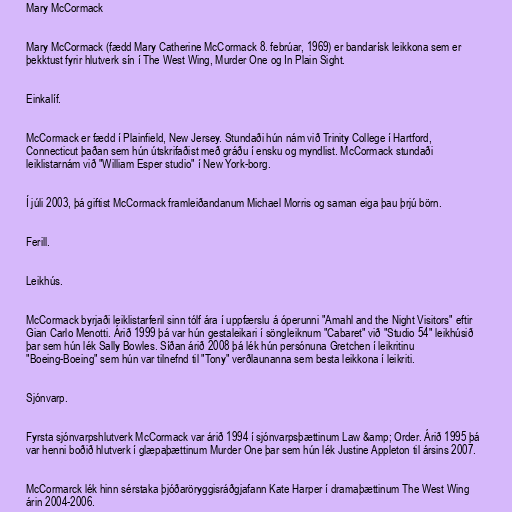
Mary McCormack

Mary McCormack (fædd Mary Catherine McCormack 8. febrúar, 1969) er bandarísk leikkona sem er
þekktust fyrir hlutverk sín í The West Wing, Murder One og In Plain Sight.

Einkalíf.

McCormack er fædd í Plainfield, New Jersey. Stundaði hún nám við Trinity College í Hartford,
Connecticut þaðan sem hún útskrifaðist með gráðu í ensku og myndlist. McCormack stundaði
leiklistarnám við "William Esper studio" í New York-borg.

Í júli 2003, þá giftist McCormack framleiðandanum Michael Morris og saman eiga þau þrjú börn.

Ferill.

Leikhús.

McCormack byrjaði leiklistarferil sinn tólf ára í uppfærslu á óperunni "Amahl and the Night Visitors" eftir
Gian Carlo Menotti. Árið 1999 þá var hún gestaleikari í söngleiknum "Cabaret" við "Studio 54" leikhúsið
þar sem hún lék Sally Bowles. Síðan árið 2008 þá lék hún persónuna Gretchen í leikritinu
"Boeing-Boeing" sem hún var tilnefnd til "Tony" verðlaunanna sem besta leikkona í leikriti.

Sjónvarp.

Fyrsta sjónvarpshlutverk McCormack var árið 1994 í sjónvarpsþættinum Law &amp; Order. Árið 1995 þá
var henni boðið hlutverk í glæpaþættinum Murder One þar sem hún lék Justine Appleton til ársins 2007.

McCormarck lék hinn sérstaka þjóðaröryggisráðgjafann Kate Harper í dramaþættinum The West Wing
árin 2004-2006.